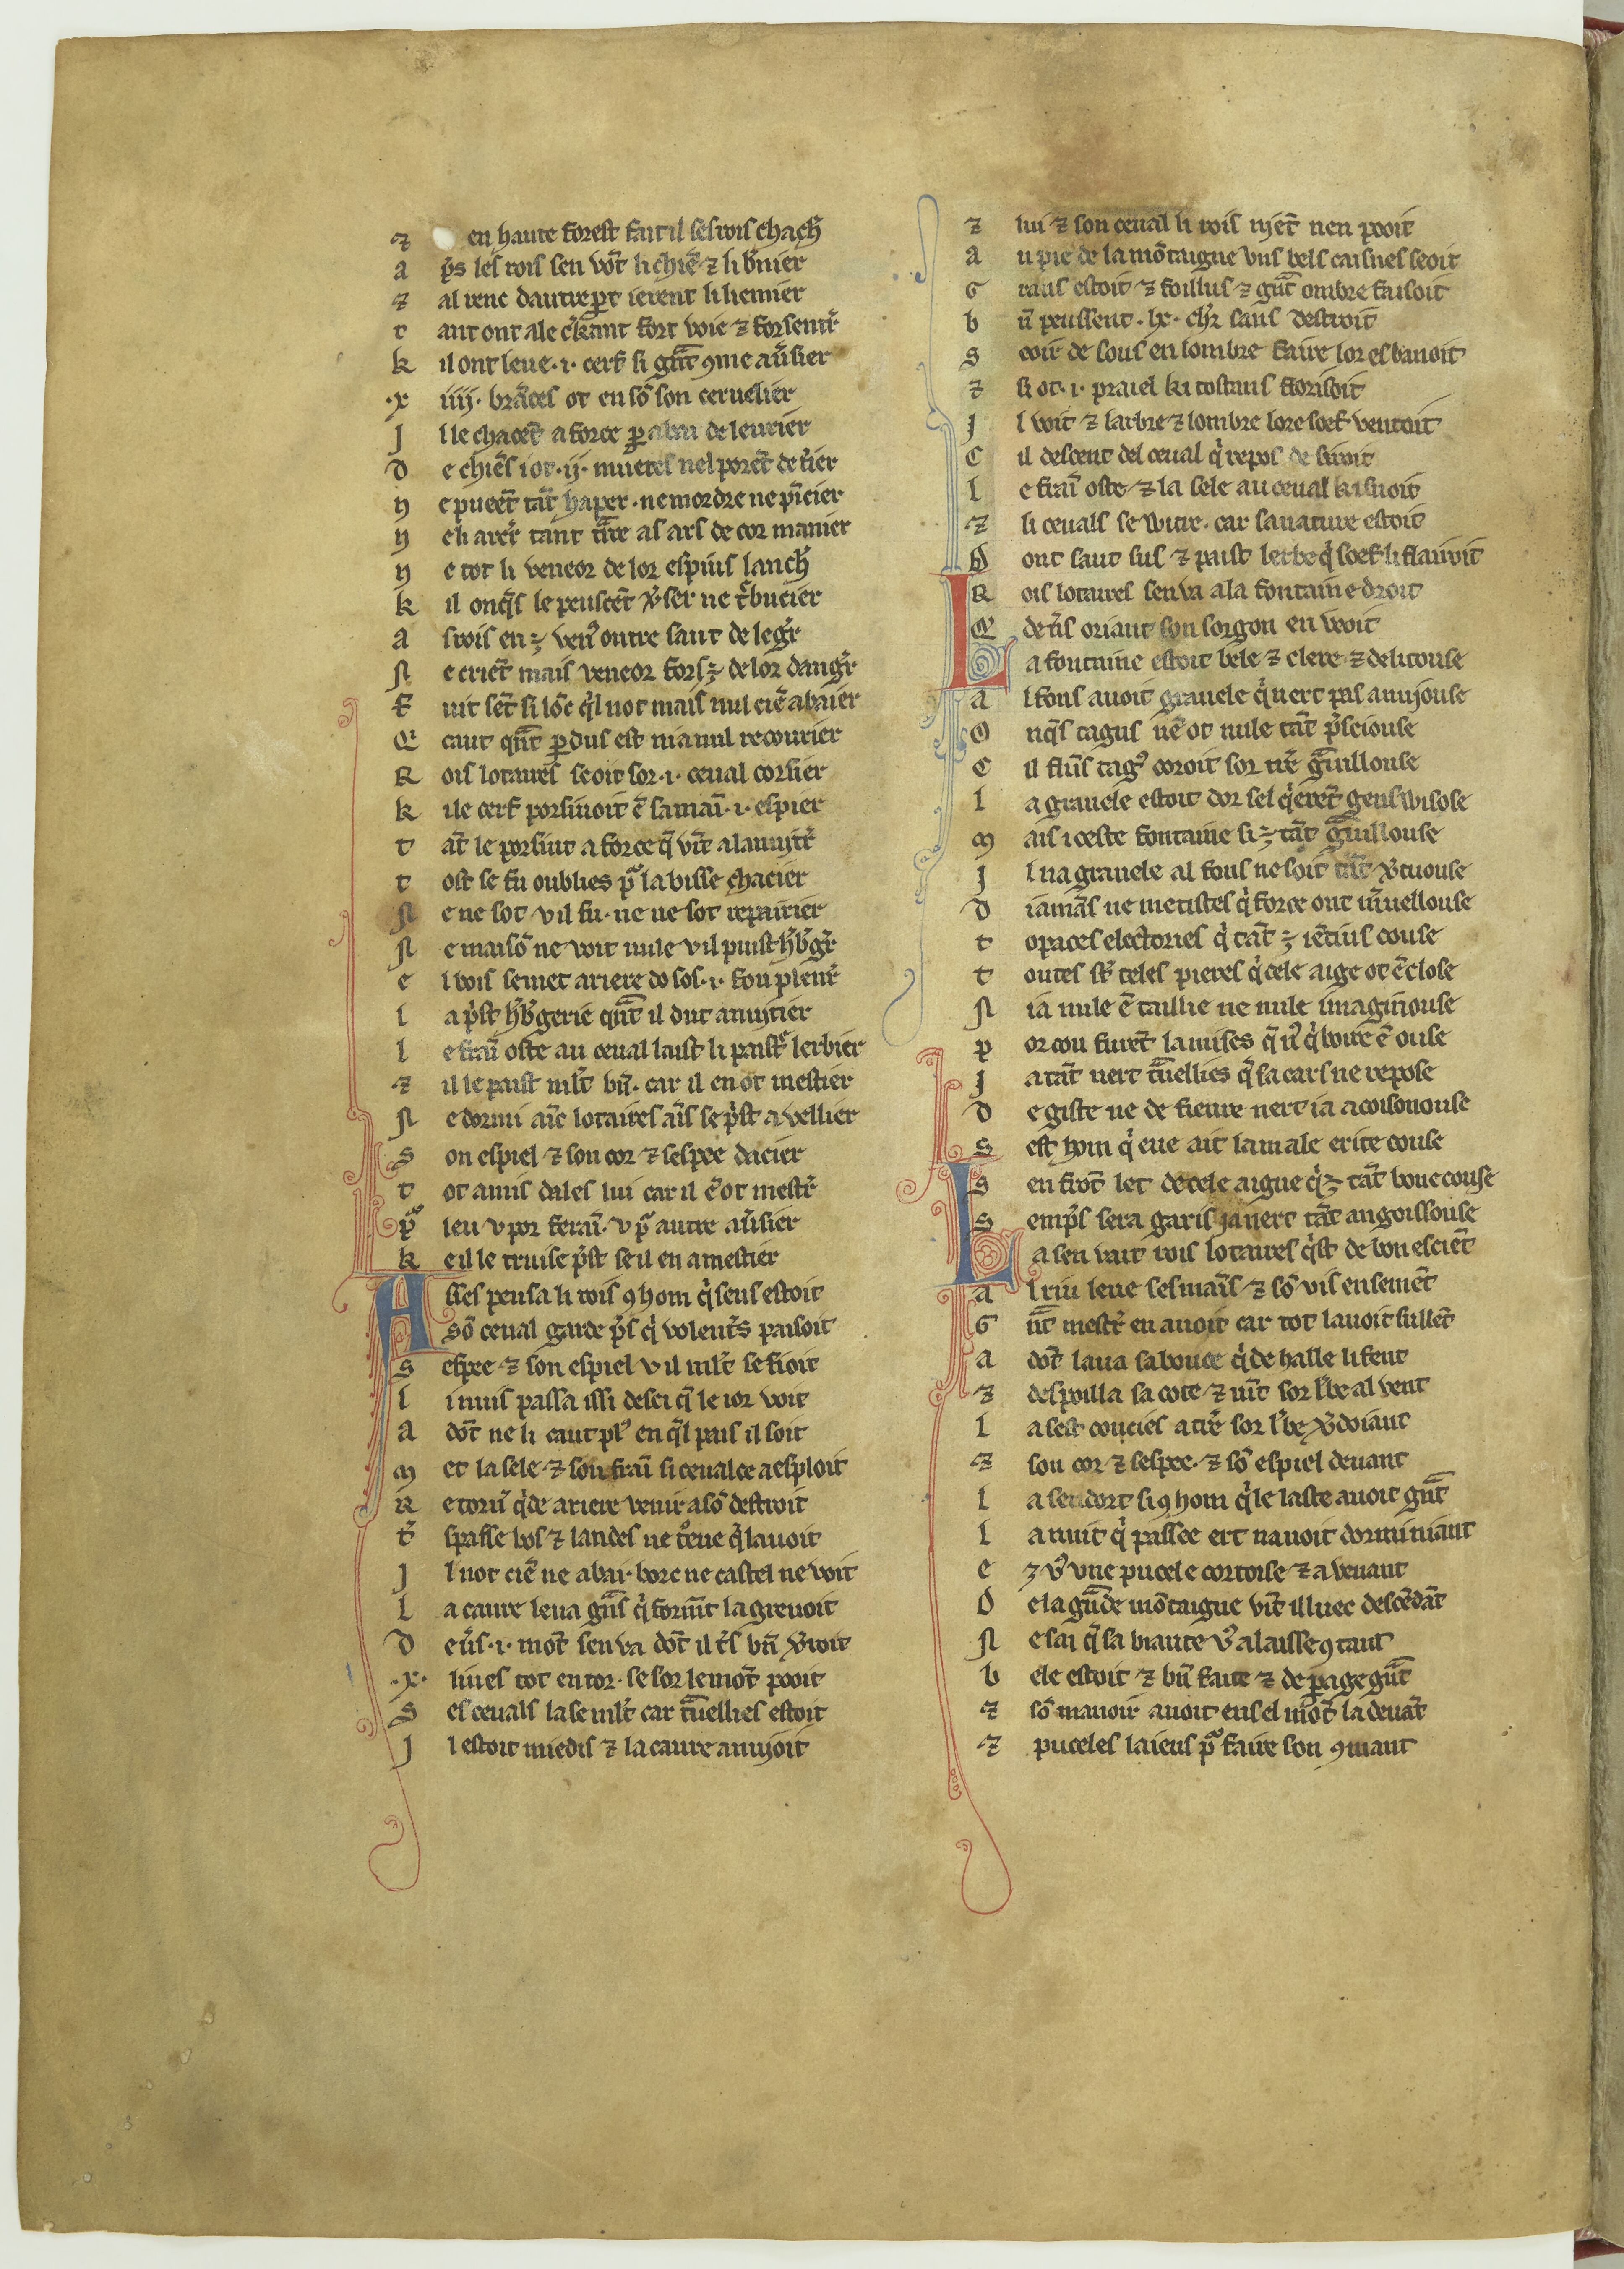
Shelfmark: Paris, BnF, fr. 12558
Century: 14